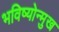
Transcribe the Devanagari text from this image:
भविष्योन्मुख